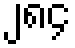
၂၈၄